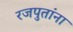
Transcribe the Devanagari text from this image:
रजपुतांना